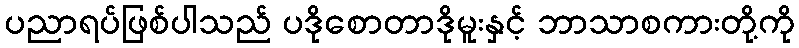
ပညာရပ်ဖြစ်ပါသည် ပဒိုစောတာဒိုမူးနှင့် ဘာသာစကားတို့ကို